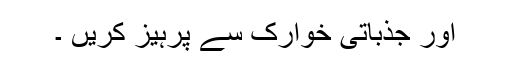
اور جذباتی خوارک سے پرہیز کریں ۔